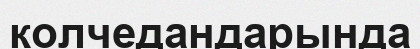
колчедандарында